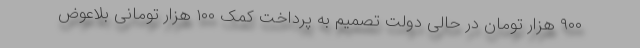
۹۰۰ هزار تومان در حالی دولت تصمیم به پرداخت کمک ۱۰۰ هزار تومانی بلاعوض